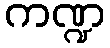
ကဏ္ဍ